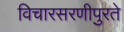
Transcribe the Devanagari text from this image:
विचारसरणीपुरते